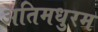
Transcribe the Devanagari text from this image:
अतिमधुरम